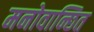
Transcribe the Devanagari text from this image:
मनोवान्छित